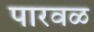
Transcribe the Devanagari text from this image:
पारवळ